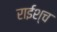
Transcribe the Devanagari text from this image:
राईश्च